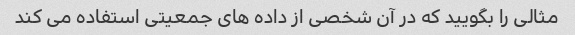
مثالی را بگویید که در آن شخصی از داده های جمعیتی استفاده می کند